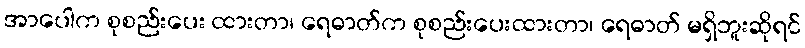
အာပေါက စုစည်းပေး ထားတာ၊ ရေဓာတ်က စုစည်းပေးထားတာ၊ ရေဓာတ် မရှိဘူးဆိုရင်